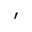
^ { ' }